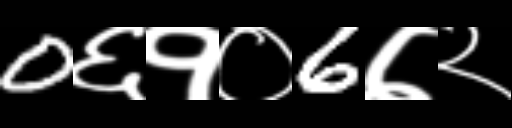
Text: 0६१०6७२